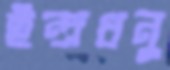
ইন্দ্রধনু